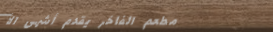
مطعم الفاخر يقدم أشهى الأ